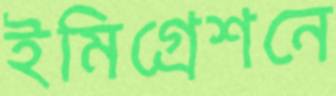
ইমিগ্রেশনে